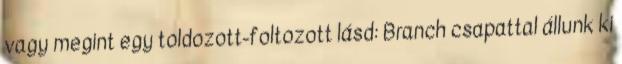
vagy megint egy toldozott-foltozott lásd: Branch csapattal állunk ki